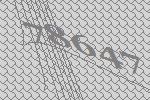
78647